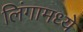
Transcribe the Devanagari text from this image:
लिंगामध्ये